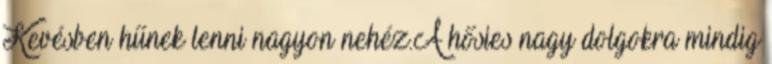
Kevésben hűnek lenni nagyon nehéz.A hősies nagy dolgokra mindig